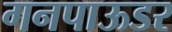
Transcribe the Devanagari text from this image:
गनपाऊडर